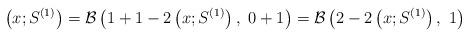
LaTeX: \begin{align*} \left(x; S^{(1)}\right) = \mathcal{B}\left(1+1-2\left(x; S^{(1)}\right),\ 0+1\right)=\mathcal{B}\left(2-2\left(x; S^{(1)}\right),\ 1\right) \end{align*}